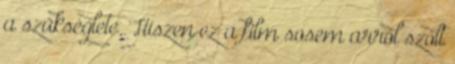
a szükséglete. Hiszen ez a film sosem arról szólt